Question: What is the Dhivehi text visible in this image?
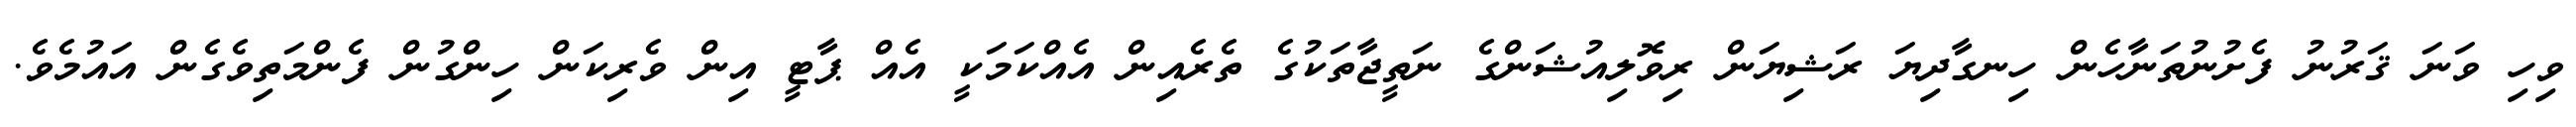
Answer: ވިހި ވަނަ ޤަރުނު ފެށުނުތަނާހެން ހިނގާދިޔަ ރަޝިޔަން ރިވޮލިއުޝަންގެ ނަތީޖާތަކުގެ ތެރެއިން އެއްކަމަކީ އެއް ޕާޓީ އިން ވެރިކަން ހިންގުން ފެންމަތިވެގެން އައުމެވެ.